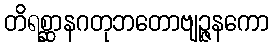
တိရစ္ဆာနဂတုဘတောဗျဉ္ဇနကော